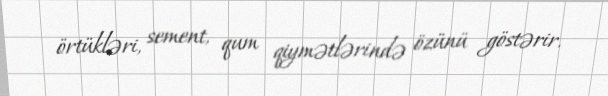
örtükləri, sement, qum qiymətlərində özünü göstərir.